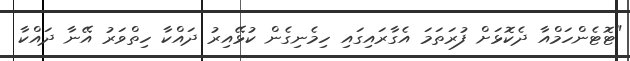
"ޓޮޓެންހަމްއާ ދެކޮޅަށް ފުރަތަމަ އެގާރައިގައި ހިމެނިގެން ކުޅޭއިރު ދައްކާ ހިތްވަރު އޭނާ ދައްކާ